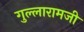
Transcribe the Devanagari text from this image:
गुल्लारामजी